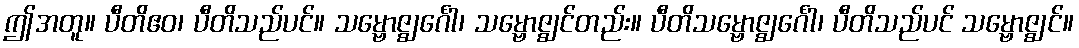
ဤအတူ။ ပီတိဧဝ၊ ပီတိသည်ပင်။ သမ္ဗောဇ္ဈင်္ဂေါ၊ သမ္ဗောဇ္ဈင်တည်း။ ပီတိသမ္ဗောဇ္ဈင်္ဂေါ၊ ပီတိသည်ပင် သမ္ဗောဇ္ဈင်။